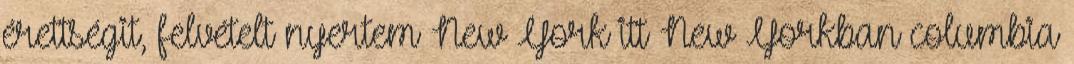
érettségit, felvételt nyertem New York itt New Yorkban columbia